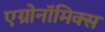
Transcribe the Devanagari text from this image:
एग्रोनॉमिक्स